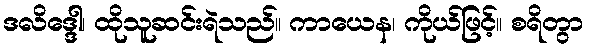
ဒလိဒ္ဒေါ၊ ထိုသူဆင်းရဲသည်။ ကာယေန၊ ကိုယ်ဖြင့်။ စရိတွာ